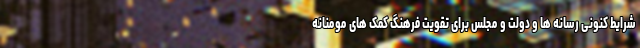
شرایط کنونی رسانه ها و دولت و مجلس برای تقویت فرهنگ کمک های مومنانه